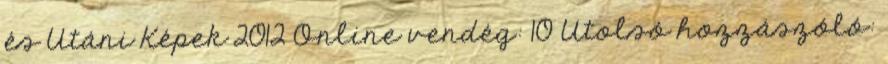
és Utáni Képek 2012 Online vendég: 10 Utolsó hozzászóló: